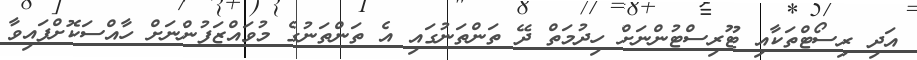
އަދި ރިސޯޓްތަކާއި ޓޫރިސްޓުންނަށް ހިދުމަތް ދޭ ތަންތަނުގައި އެ ތަންތަނުގެ މުވައްޒަފުންނަށް ހާއްސަކޮށްފައިވާ